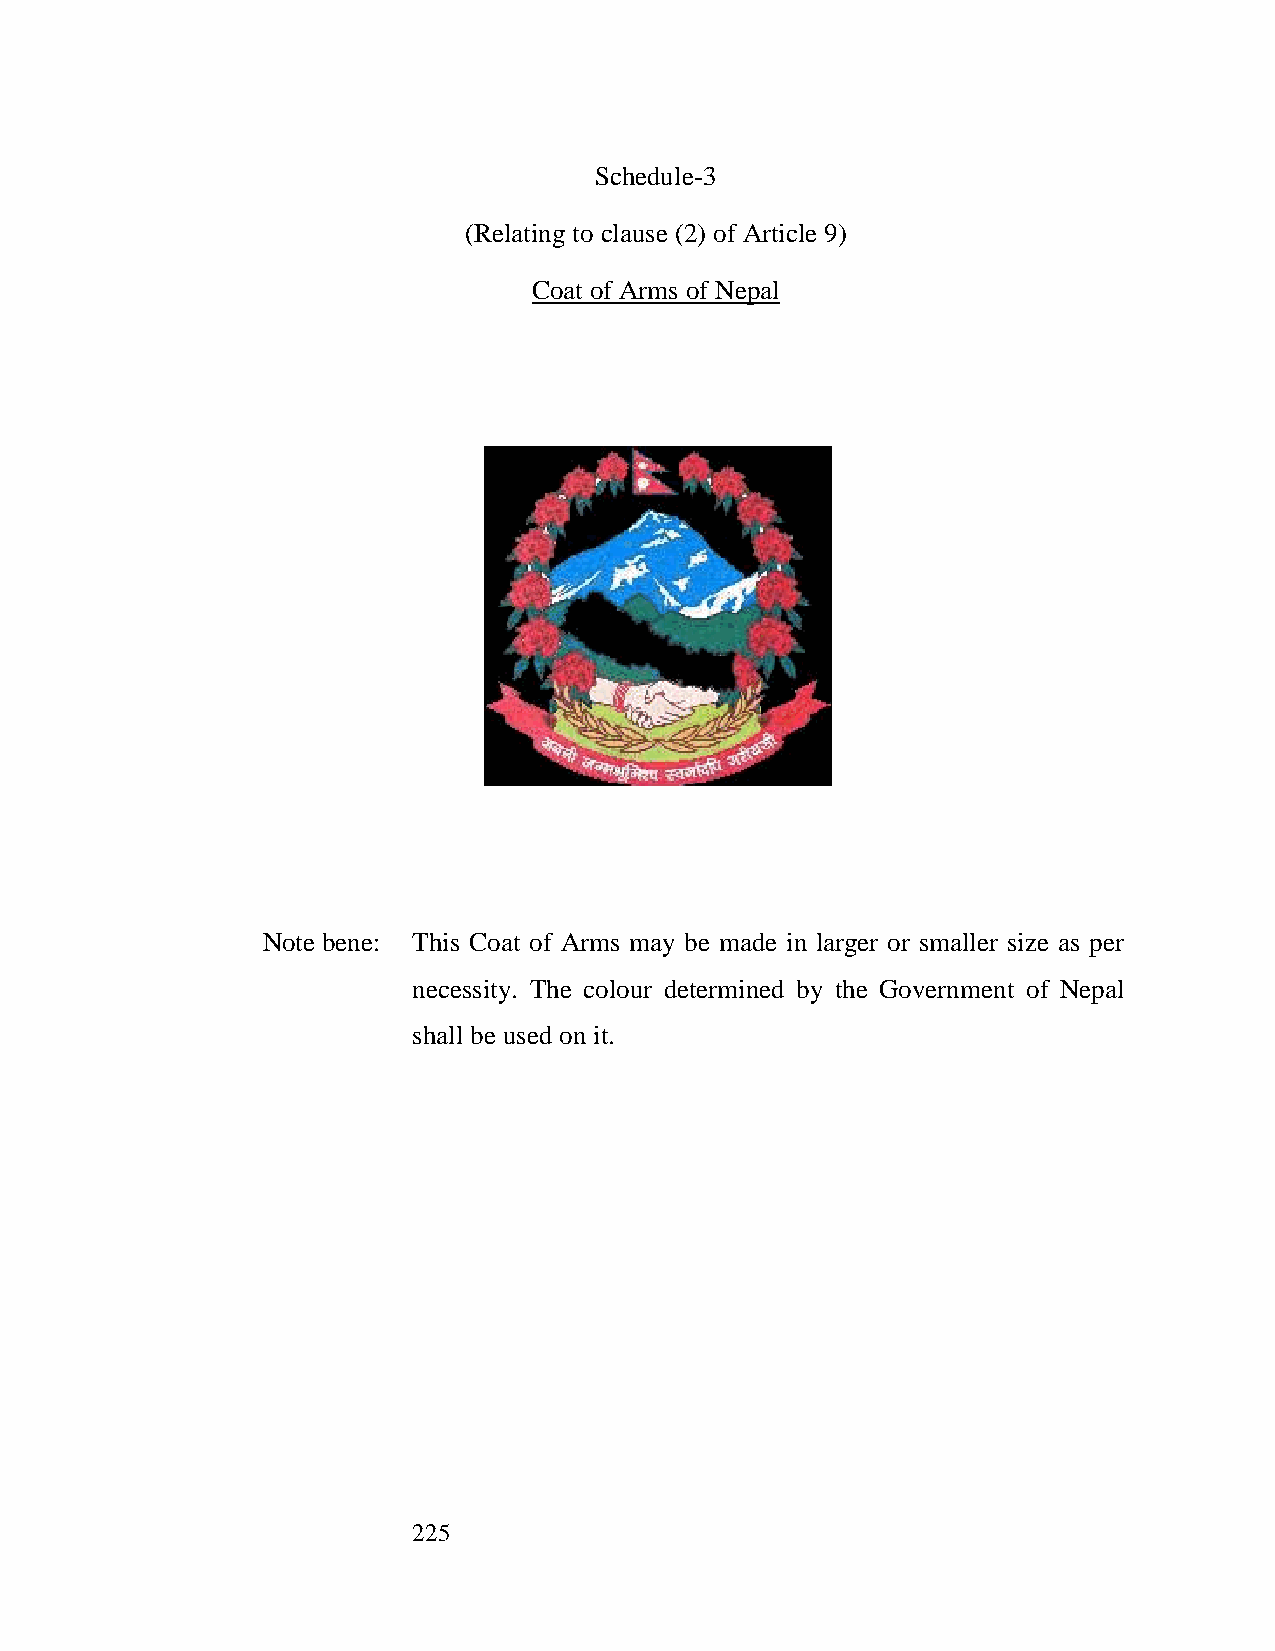
Schedule-3
 (Relating to clause (2) of Article 9)
 Coat of Arms of Nepal
 Note bene: This Coat of Arms may be made in larger or smaller size as per
 necessity. The colour determined by the Government of Nepal
 shall be used on it.
 225